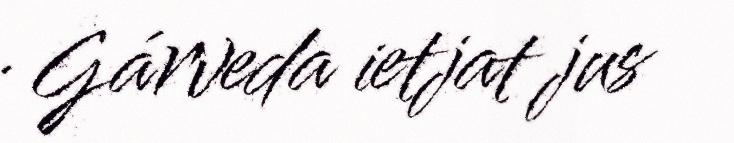
· Gárveda ietjat jus